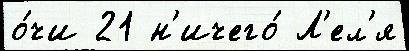
о́чи 21 н'ичего́ Л'ел'я